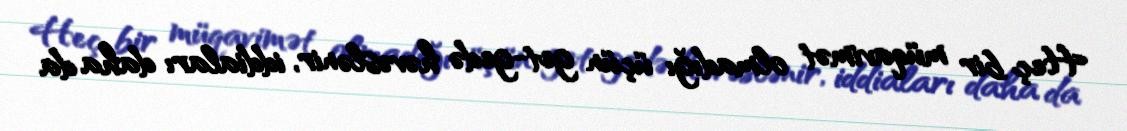
Heç bir müqavimət olmadığı üçün get-gedə həvəslənir, iddiaları daha da